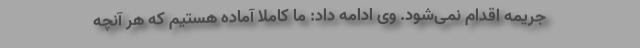
جریمه اقدام نمی‌شود. وی ادامه داد: ما کاملا آماده هستیم که هر آنچه